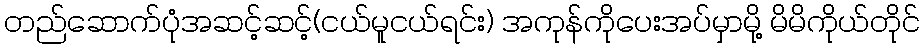
တည်ဆောက်ပုံအဆင့်ဆင့်(ငယ်မူငယ်ရင်း) အကုန်ကိုပေးအပ်မှာမို့ မိမိကိုယ်တိုင်